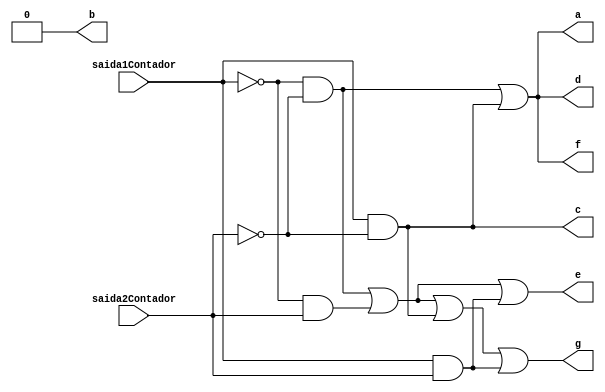
module interfaceESR (saida1Contador, saida2Contador, a, b, c, d, e, f, g);
	//ERSR: erro do sensor SR
	input saida1Contador, saida2Contador;
	output a, b, c, d, e, f, g;


	wire saida1a, saida2a, saida3a, saida4a,
	saida1b, saida2b, saida3b, saida4b,
	saida1c, saida2c, saida3c, saida4c,
	saida1d, saida2d, saida3d, saida4d,
	saida1e, saida2e, saida3e, saida4e,
	saida1f, saida2f, saida3f, saida4f,
	saida1g, saida2g, saida3g, saida4g,
	saida1h, saida2h, saida3h, saida4h;
	
	//a
	//como o segmento a  ativado 3 vezes nas letras CE0, ele fica nessa configurao no multiplexador
	and(saida1a, ~saida1Contador, ~saida2Contador, 1);
	and(saida2a, ~saida1Contador, saida2Contador, 0);
	and(saida3a, saida1Contador, ~saida2Contador, 1);
	and(saida4a, saida1Contador, saida2Contador, 0);
	or(a, saida1a, saida2a, saida3a, saida4a);
	
	//b
	and(saida1b, ~saida1Contador, ~saida2Contador, 0);
	and(saida2b, ~saida1Contador, saida2Contador, 0);
	and(saida3b, saida1Contador, ~saida2Contador, 0);
	and(saida4b, saida1Contador, saida2Contador, 0);
	or(b, saida1b, saida2b, saida3b, saida4b);
	
	//c
	and(saida1c, ~saida1Contador, ~saida2Contador, 0);
	and(saida2c, ~saida1Contador, saida2Contador, 0);
	and(saida3c, saida1Contador, ~saida2Contador, 1);
	and(saida4c, saida1Contador, saida2Contador, 0);
	or(c, saida1c, saida2c, saida3c, saida4c);
	
	//d
	and(saida1d, ~saida1Contador, ~saida2Contador, 1);
	and(saida2d, ~saida1Contador, saida2Contador, 0);
	and(saida3d, saida1Contador, ~saida2Contador, 1);
	and(saida4d, saida1Contador, saida2Contador, 0);
	or(d, saida1d, saida2d, saida3d, saida4d);
	
	//e
	and(saida1e, ~saida1Contador, ~saida2Contador, 1);
	and(saida2e, ~saida1Contador, saida2Contador, 1);
	and(saida3e, saida1Contador, ~saida2Contador, 0);
	and(saida4e, saida1Contador, saida2Contador, 1);
	or(e, saida1e, saida2e, saida3e, saida4e);
	
	//f
	and(saida1f, ~saida1Contador, ~saida2Contador, 1);
	and(saida2f, ~saida1Contador, saida2Contador, 0);
	and(saida3f, saida1Contador, ~saida2Contador, 1);
	and(saida4f, saida1Contador, saida2Contador, 0);
	or(f, saida1f, saida2f, saida3f, saida4f);
	
	//g
	and(saida1g, ~saida1Contador, ~saida2Contador, 1);
	and(saida2g, ~saida1Contador, saida2Contador, 1);
	and(saida3g, saida1Contador, ~saida2Contador, 1);
	and(saida4g, saida1Contador, saida2Contador, 1);
	or(g, saida1g, saida2g, saida3g, saida4g);


endmodule